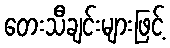
တေးသီချင်းများဖြင့်